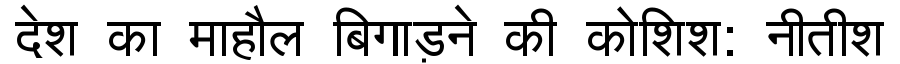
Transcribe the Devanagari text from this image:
देश का माहौल बिगाड़ने की कोशिश: नीतीश